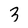
Character: 3